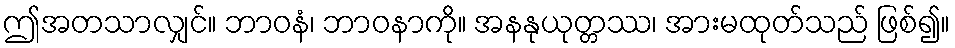
ဤအတသာလျှင်။ ဘာဝနံ၊ ဘာဝနာကို။ အနနုယုတ္တဿ၊ အားမထုတ်သည် ဖြစ်၍။